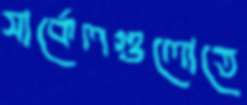
সার্কেলগুলোতে